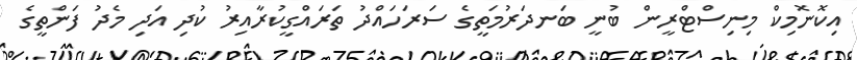
އިކޮނޮމިކް މިނިސްޓްރީން ބުނީ ބަނދަރުމަތީގެ ސަރަހައްދު ތަރައްގީކުރާއިރު ކުދި އަދި މެދު ފަންތީގެ